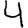
Digit: 4